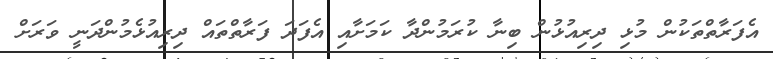
އެފަރާތްތަކުން މުޅި ދިރިއުޅުން ބިނާ ކުރަމުންދާ ކަމަށާއި އެފަދަ ފަރާތްތައް ދިރިއުޅެމުންދަނީ ވަރަށް